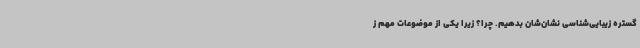
گستره زیبایی‌شناسی نشان‌شان بدهیم. چرا؟ زیرا یکی از موضوعات مهم ز